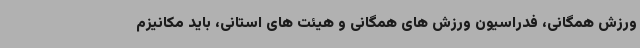
ورزش همگانی، فدراسیون ورزش های همگانی و هیئت های استانی، باید مکانیزم